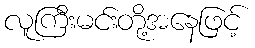
လူကြီးမင်းတို့အနေဖြင့်